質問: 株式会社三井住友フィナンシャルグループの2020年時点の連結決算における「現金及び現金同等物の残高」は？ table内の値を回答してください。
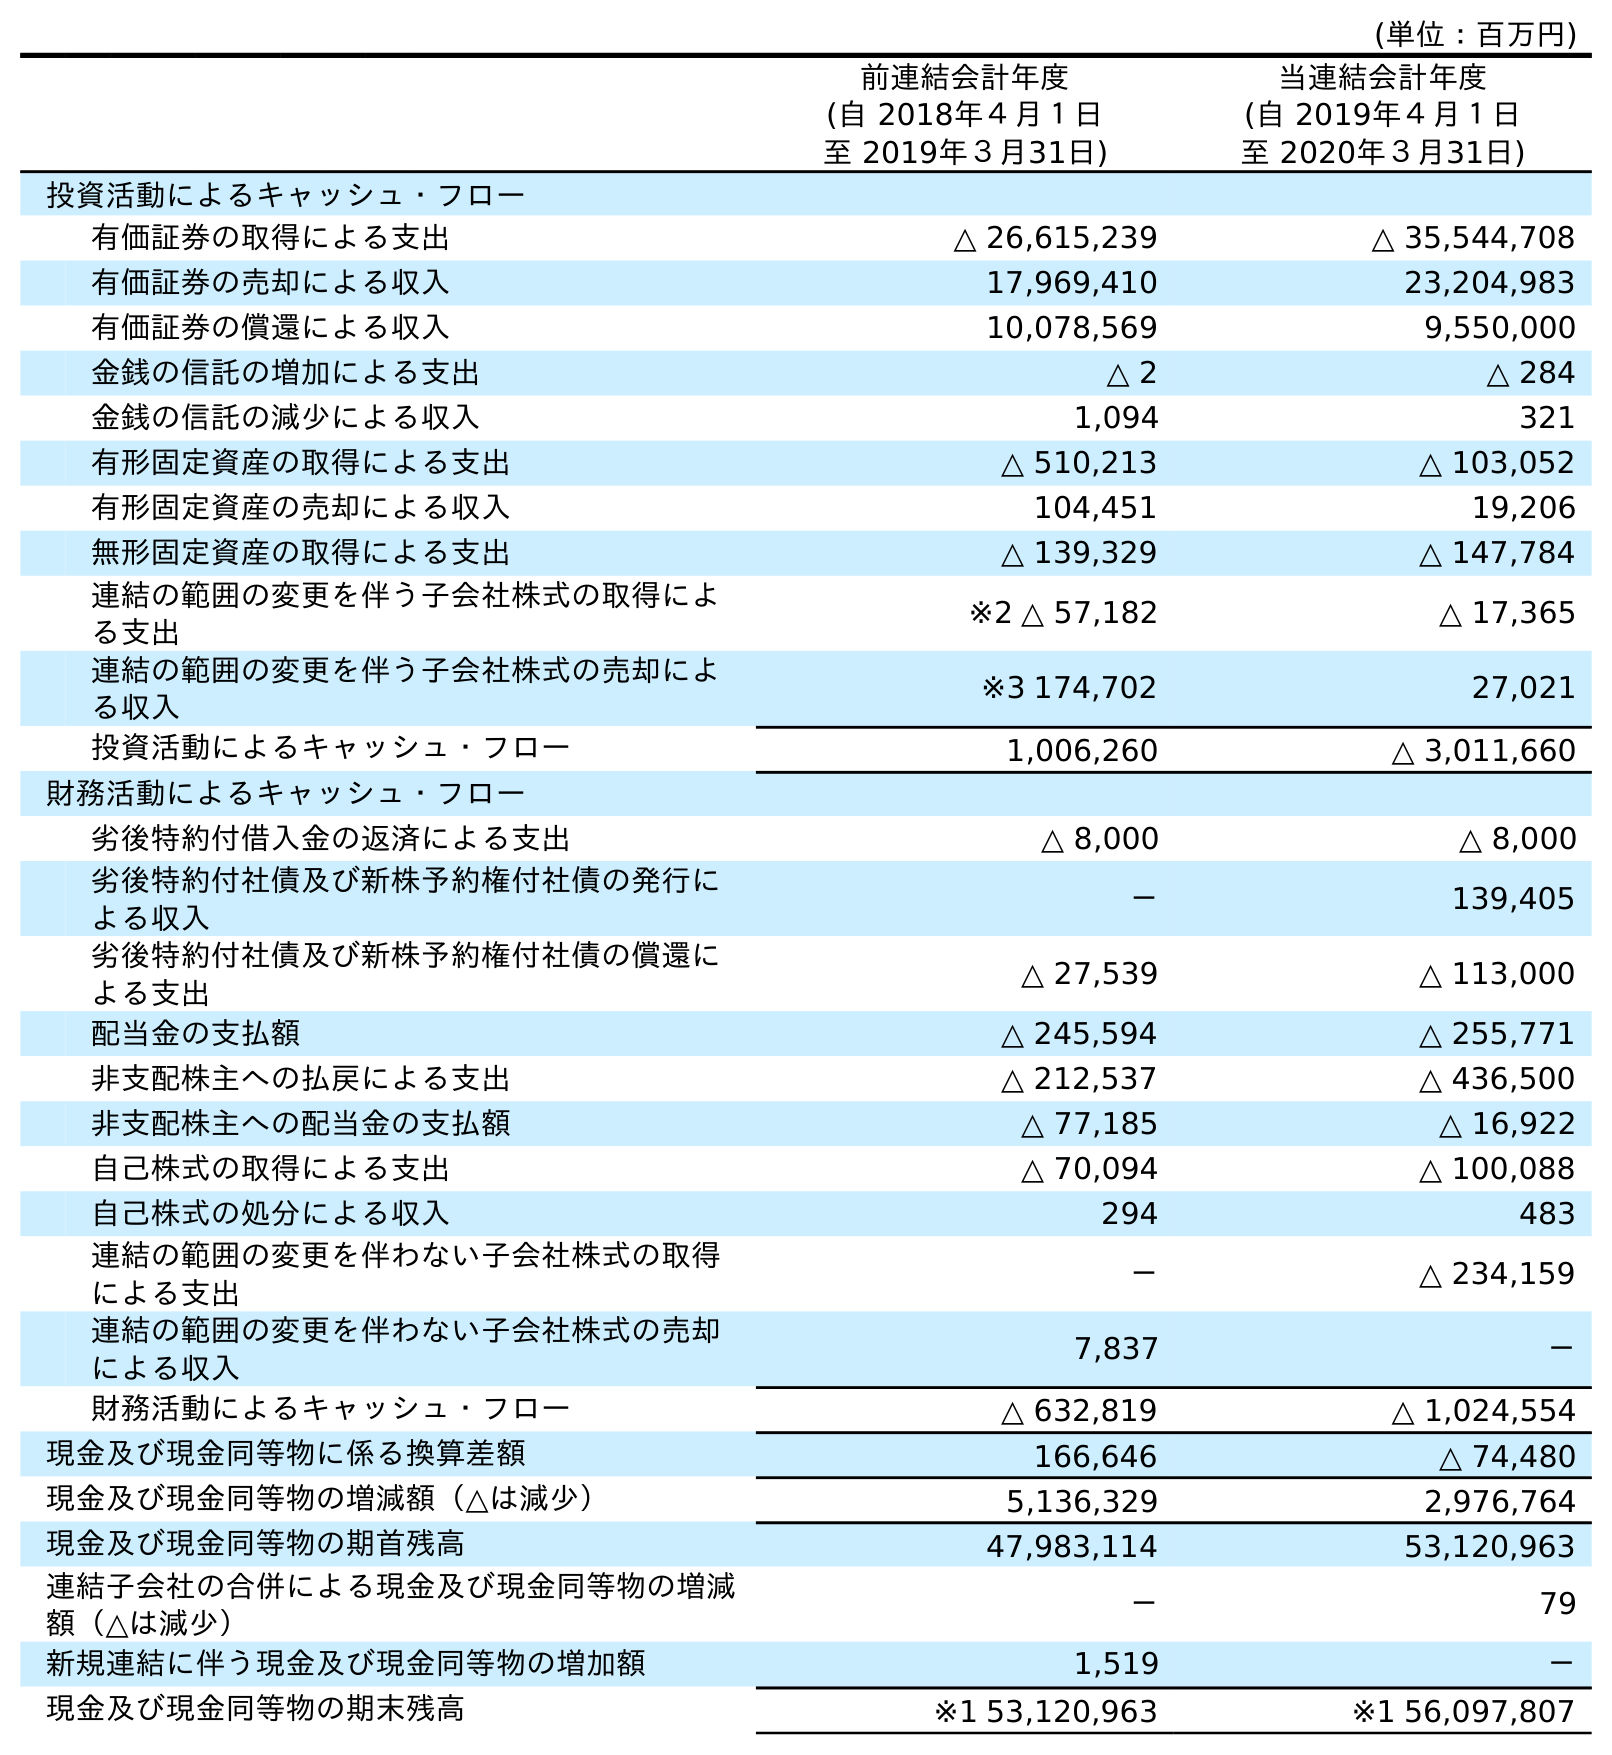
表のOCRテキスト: (単位：百万円) 前連結会計年度 (自 2018年４月１日 至 2019年３月31日) 当連結会計年度 (自 2019年４月１日 至 2020年３月31日) 投資活動によるキャッシュ・フロー 有価証券の取得による支出 △ 26,615,239 △ 35,544,708 有価証券の売却による収入 17,969,410 23,204,983 有価証券の償還による収入 10,078,569 9,550,000 金銭の信託の増加による支出 △ 2 △ 284 金銭の信託の減少による収入 1,094 321 有形固定資産の取得による支出 △ 510,213 △ 103,052 有形固定資産の売却による収入 104,451 19,206 無形固定資産の取得による支出 △ 139,329 △ 147,784 連結の範囲の変更を伴う子会社株式の取得によ る支出 ※2 △ 57,182 △ 17,365 連結の範囲の変更を伴う子会社株式の売却によ る収入 ※3 174,702 27,021 投資活動によるキャッシュ・フロー 1,006,260 △ 3,011,660 財務活動によるキャッシュ・フロー 劣後特約付借入金の返済による支出 △ 8,000 △ 8,000 劣後特約付社債及び新株予約権付社債の発行に よる収入 － 139,405 劣後特約付社債及び新株予約権付社債の償還に よる支出 △ 27,539 △ 113,000 配当金の支払額 △ 245,594 △ 255,771 非支配株主への払戻による支出 △ 212,537 △ 436,500 非支配株主への配当金の支払額 △ 77,185 △ 16,922 自己株式の取得による支出 △ 70,094 △ 100,088 自己株式の処分による収入 294 483 連結の範囲の変更を伴わない子会社株式の取得 による支出 － △ 234,159 連結の範囲の変更を伴わない子会社株式の売却 による収入 7,837 － 財務活動によるキャッシュ・フロー △ 632,819 △ 1,024,554 現金及び現金同等物に係る換算差額 166,646 △ 74,480 現金及び現金同等物の増減額（△は減少） 5,136,329 2,976,764 現金及び現金同等物の期首残高 47,983,114 53,120,963 連結子会社の合併による現金及び現金同等物の増減 額（△は減少） － 79 新規連結に伴う現金及び現金同等物の増加額 1,519 － 現金及び現金同等物の期末残高 ※1 53,120,963 ※1 56,097,807
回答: ※156,097,807